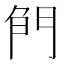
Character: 𠝎